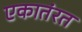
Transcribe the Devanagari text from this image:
एकातंरत